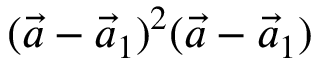
( \vec { a } - \vec { a } _ { 1 } ) ^ { 2 } ( \vec { a } - \vec { a } _ { 1 } )